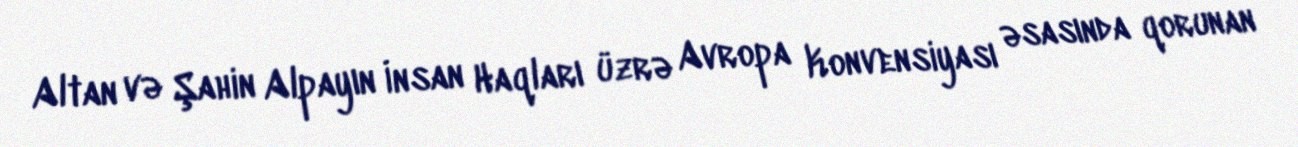
Altan və Şahin Alpayın İnsan Haqları üzrə Avropa Konvensiyası əsasında qorunan